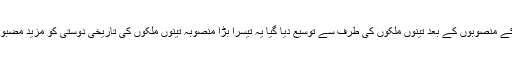
ارض روم کے منصوبوں کے بعد تینوں ملکوں کی طرف سے توسیع دیا گیا یہ تیسرا بڑا منصوبہ تینوں ملکوں کی تاریخی دوستی کو مزید مضبوط بنائے گا۔